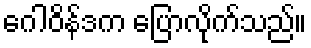
ဂေါဝိန်ဒက ပြောလိုက်သည်။